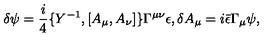
\delta \psi = \frac { i } { 4 } \{ Y ^ { - 1 } , [ A _ { \mu } , A _ { \nu } ] \} \Gamma ^ { \mu \nu } \epsilon , \delta A _ { \mu } = i \bar { \epsilon } \Gamma _ { \mu } \psi ,